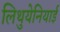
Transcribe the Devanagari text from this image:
लिथुयेनियाई